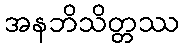
အနဘိသိတ္တဿ